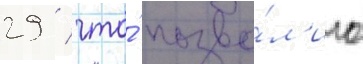
29 / что́ позво́л'ило